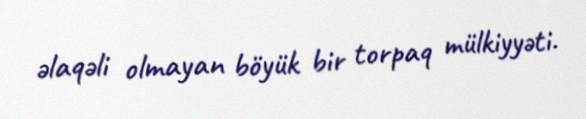
əlaqəli olmayan böyük bir torpaq mülkiyyəti.